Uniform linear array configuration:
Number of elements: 16
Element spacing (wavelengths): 0.75
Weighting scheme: hann
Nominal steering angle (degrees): -15
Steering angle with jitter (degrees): -15.945
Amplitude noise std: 0.05
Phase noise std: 0.05

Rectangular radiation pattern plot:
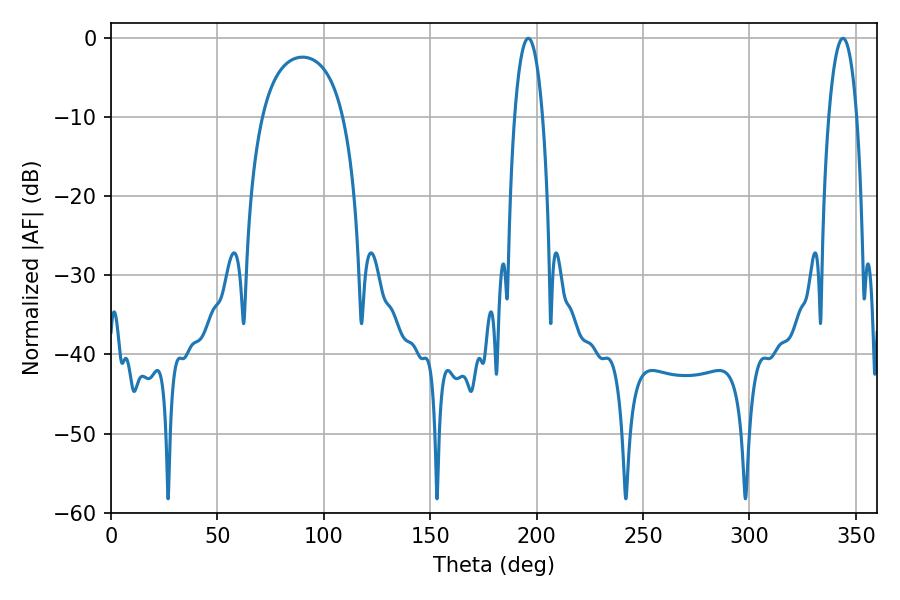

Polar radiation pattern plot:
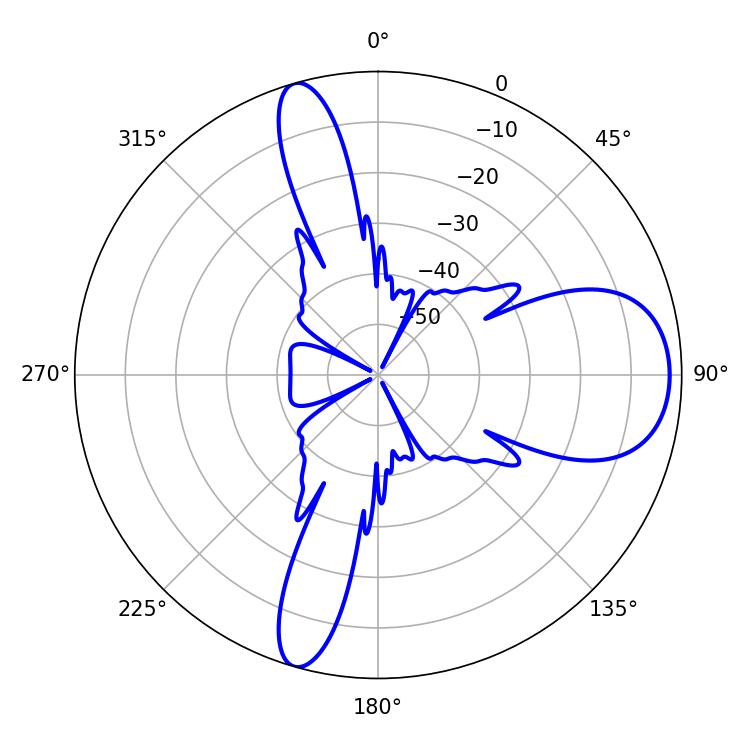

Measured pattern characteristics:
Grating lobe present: TRUE
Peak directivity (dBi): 10.27
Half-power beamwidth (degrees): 7.38
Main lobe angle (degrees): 343.98